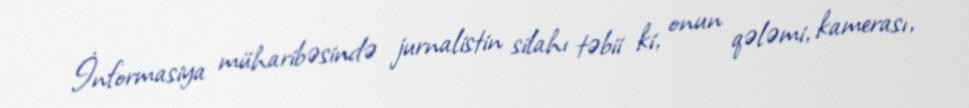
İnformasiya müharibəsində jurnalistin silahı təbii ki, onun qələmi, kamerası,